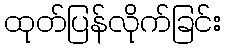
ထုတ်ပြန်လိုက်ခြင်း